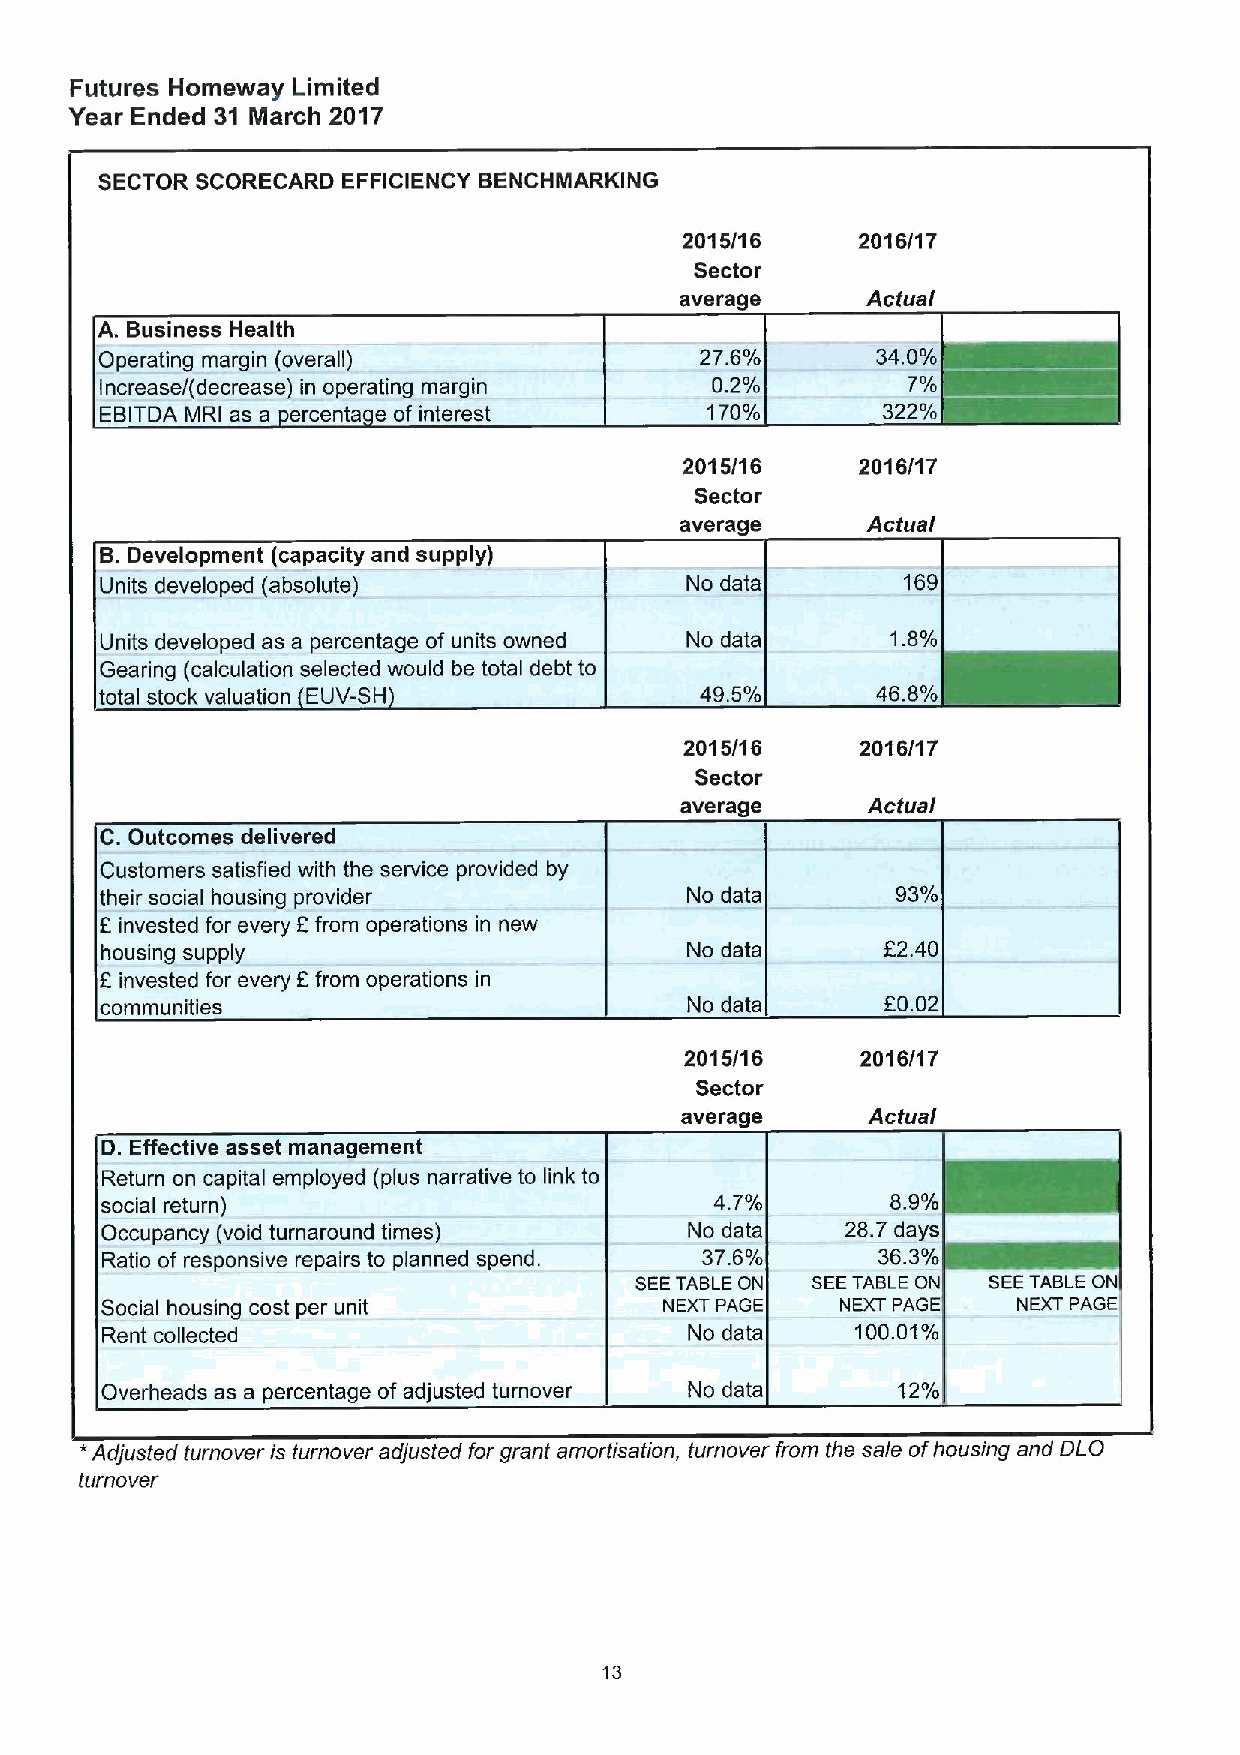
Futures Homeway Limited
 Year Ended 31 March 2017
 SECTOR SCORECARD EFFICIENCY BENCHMARKING
 2015/16     2016/17
 Sector
 average     Actual
 A. Business Health
 Operating margin (overall)             27.6%       34.0%
 Increase/(decrease) in operating margin 0.2%         7%
 EBITDA MRI as a ercenta e of interest   170%       322%
 2015/16     2016/17
 Sector
 average     Actual
 B.Development (capacity and supply)
 Units developed (absolute)            No data        169
 Units developed as a percentage of units owned No data 1.8%
 Gearing (calculation selected would be total debt to
 total stock valuation EUV-SH           49.5%       46.8%
 2015/16     2016/17
 Sector
 average     Actual
 C.Outcomes delivered
 Customers satisfied with the service provided by
 their social housing provider         No data       93%
 E invested for every 8from operations in new
 housing supply                        No data       F2.40
 8 invested for every 8from operations in
 communities                           No data       60.02
 2015/16     2016/17
 Sector
 average      Actual
 D. Effective asset management
 Return on capital employed (plus narrative to link to
 social return)                          4.7%        8.9%
 Occupancy (void turnaround times)      No data   28.7 days
 Ratio of responsive repairs to planned spend. 37.6% 38.3%
 SEETABLEON  SEETABLE ON SEETABLE 0
 Social housing cost per unit         NEXT PAGE   NEXT PAGE  NEXT PAGE
 Rent collected                         No data    100.01%
 Overheads as a percentage of adjusted turnover No data 12%
 * Adjusted turnover is turnover adjusted for grant amor/isation, turnover from the sale ofhousing and DLO
 turnover
 13